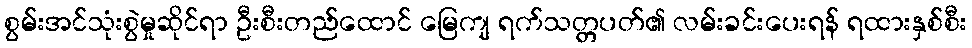
စွမ်းအင်သုံးစွဲမှုဆိုင်ရာ ဦးစီးတည်ထောင် မြေကျ ရက်သတ္တပတ်၏ လမ်းခင်းပေးရန် ရထားနှစ်စီး